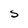
Character: S